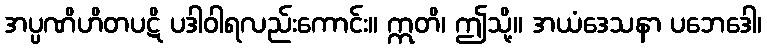
အပ္ပဏိဟိတပဋိ ပဒါဝါရလည်းကောင်း။ ဣတိ၊ ဤသို့။ အယံဒေသနာ ပဘေဒေါ၊